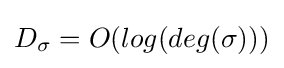
D_{\sigma }=O(log(deg(\sigma )))